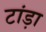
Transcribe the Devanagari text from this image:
टांड़ा